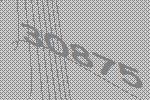
30875